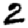
Digit: 2